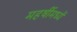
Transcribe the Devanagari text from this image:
महर्षीमध्यें